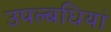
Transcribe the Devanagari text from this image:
उपल्बधियां